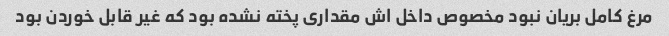
مرغ کامل بریان نبود مخصوص داخل اش مقداری پخته نشده بود که غیر قابل خوردن بود